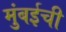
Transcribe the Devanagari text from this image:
मुुंबईची